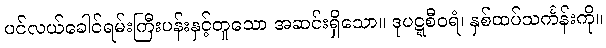
ပင်လယ်ခေါင်ရမ်းကြီးပန်းနှင့်တူသော အဆင်းရှိသော။ ဒုပဋ္ဋစီဝရံ၊ နှစ်ထပ်သင်္ကန်းကို။